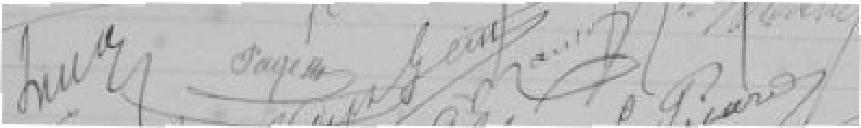
.?????     PAGE?    ??    GEIST?    ???      J. PICARD..